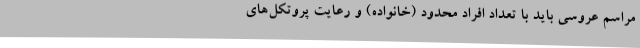
مراسم عروسی باید با تعداد افراد محدود (خانواده) و رعایت پروتکل‌های